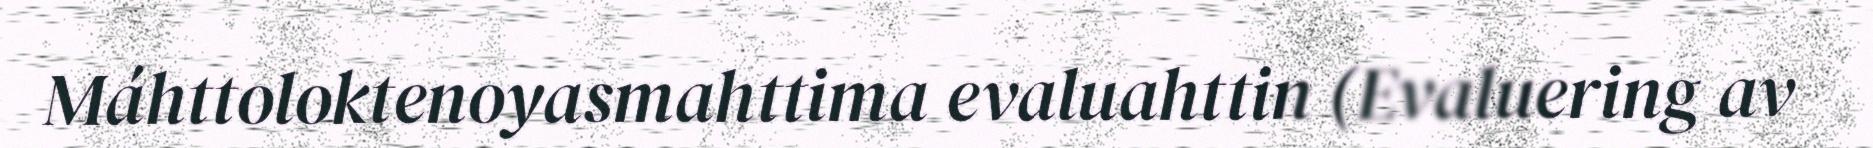
Máhttoloktenoyasmahttima evaluahttin (Evaluering av